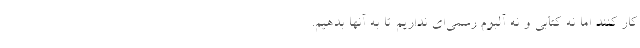
کار کنند اما نه کتابی و نه آلبوم رسمی‌ای نداریم تا به آنها بدهیم.